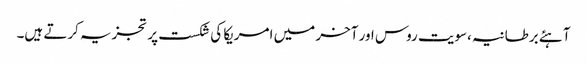
آہئے برطانیہ،سویت روس اور آخر میں امریکا کی شکست پر تجزیہ کرتے ہیں۔